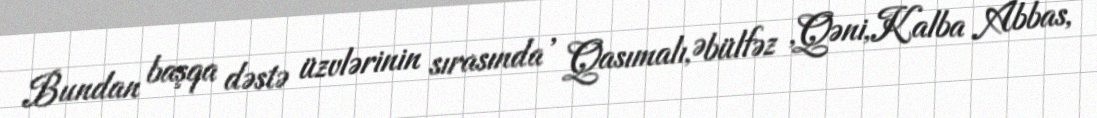
Bundan başqa dəstə üzvlərinin sırasında , Qasımalı,Əbülfəz ,Qəni,Kalba Abbas,